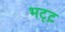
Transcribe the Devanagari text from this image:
भट्ट़